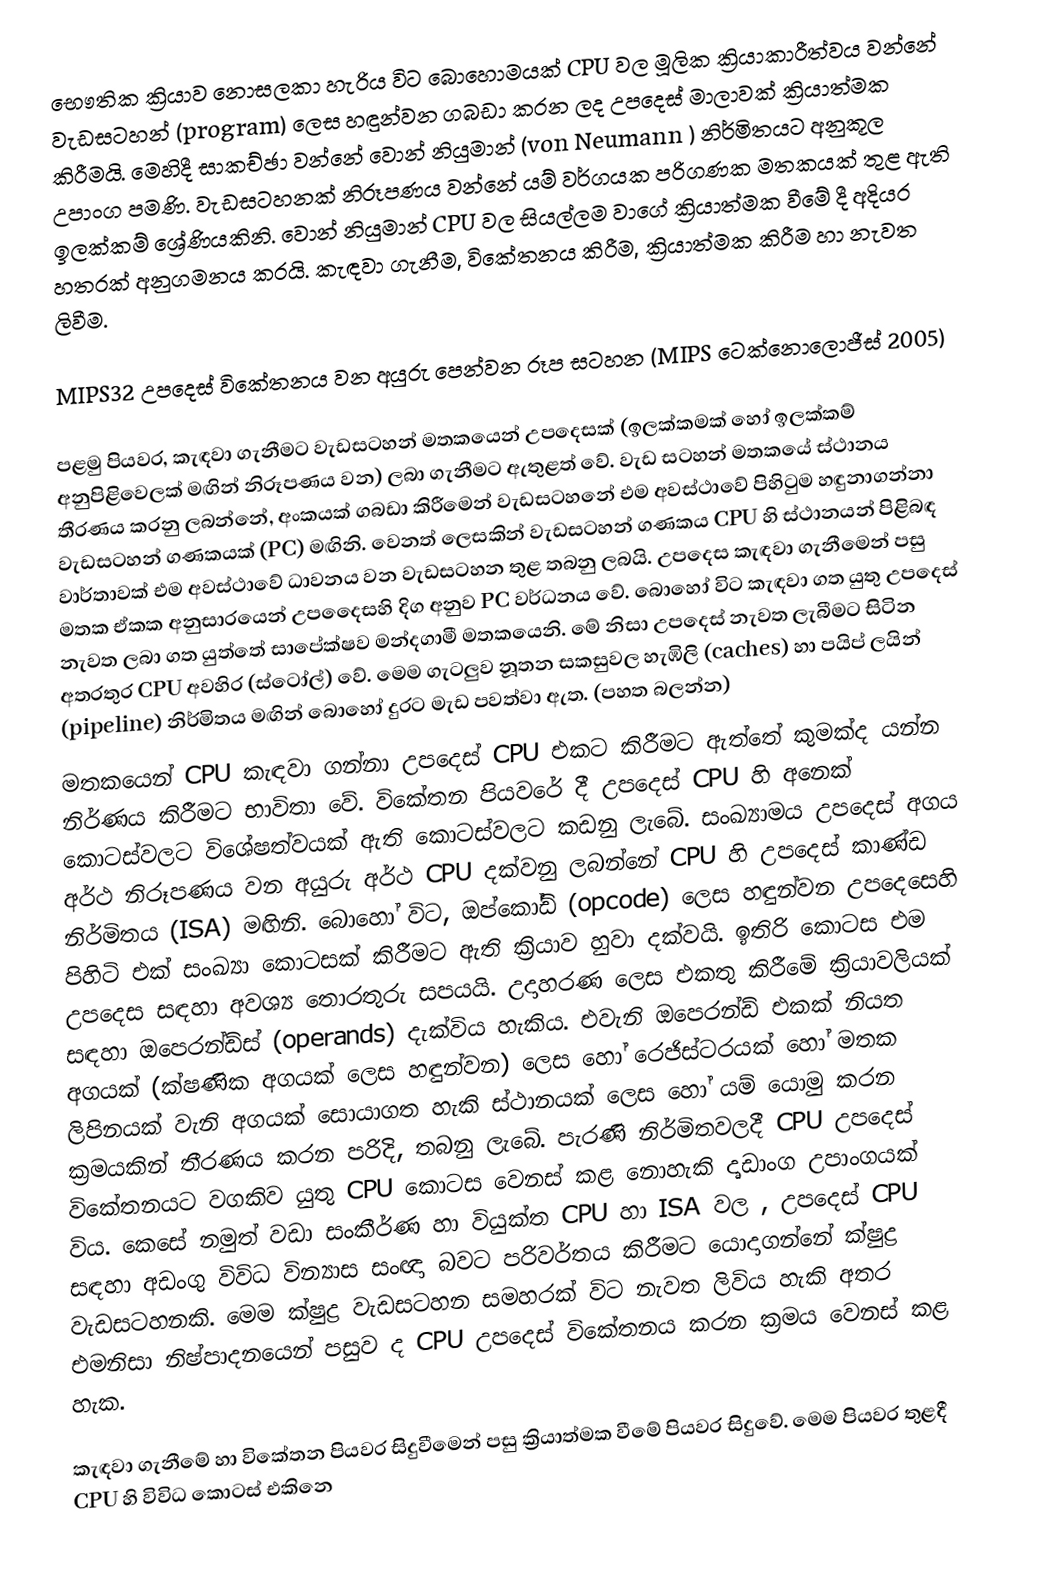
‍භෞතික ක්‍රියාව නොසලකා හැරිය විට බොහොමයක් CPU වල මූලික ක්‍රියාකාරීත්වය වන්නේ වැඩසටහන් (program) ලෙස හඳුන්වන ගබඩා කරන ලද උපදෙස් මාලාවක් ක්‍රියාත්මක කිරීමයි. මෙහිදී සාකච්ඡා වන්නේ වොන් නියුමාන් (von Neumann ) නිර්මිතයට අනුකූල උපාංග පමණි. වැඩසටහනක් නිරූපණය වන්නේ යම් වර්ගයක පරිගණක මතකයක් තුළ ඇති ඉලක්කම් ශ්‍රේණියකිනි. වොන් නියුමාන් CPU වල සියල්ලම වාගේ ක්‍රියාත්මක වීමේ දී අදියර හතරක් අනුගමනය කරයි. කැඳවා ගැනීම, විකේතනය කිරීම, ක්‍රියාත්මක කිරීම හා නැවත ලිවීම.

MIPS32 උපදෙස් විකේතනය වන අයුරු පෙන්වන රූප සටහන (MIPS ටෙක්නොලොජීස් 2005)

පළමු පියවර, කැඳවා ගැනීමට වැඩසටහන් මතකයෙන් උපදෙසක් (ඉලක්කමක් හෝ ඉලක්කම් අනුපිළිවෙලක් මඟින් නිරූපණය වන) ලබා ගැනීමට ඇතුළත් වේ. වැඩ සටහන් මතකයේ ස්ථානය තීරණය කරනු ලබන්නේ, අංකයක් ගබඩා කිරීමෙන් වැඩසටහනේ එම අවස්ථාවේ පිහිටුම හඳුනාගන්නා වැඩසටහන් ගණකයක් (PC) මඟිනි. වෙනත් ලෙසකින් වැඩසටහන් ගණකය CPU හි ස්ථානයන් පිළිබඳ වාර්තාවක් එම අවස්ථාවේ ධාවනය වන වැඩසටහන තුළ තබනු ලබයි. උපදෙස කැඳවා ගැනීමෙන් පසු මතක ඒකක අනුසාරයෙන් උපදෙ‍ෙසහි දිග අනුව PC වර්ධනය වේ. බොහෝ විට කැඳවා ගත යුතු උපදෙස් නැවත ලබා ගත යුත්තේ සාපේක්ෂව මන්දගාමී මතකයෙනි. මේ නිසා උපදෙස් නැවත ලැබීමට සිටින අතරතුර  CPU අවහිර (ස්ටෝල්) වේ. මෙම ගැටලුව නූතන සකසුවල හැඹිලි (caches) හා පයිප් ලයින් (pipeline) නිර්මිතය මඟින් බොහෝ දුරට මැඩ පවත්වා ඇත. (පහත බලන්න)
මත‍කයෙන් CPU කැඳවා ගන්නා උපදෙස් CPU එකට කිරීමට ඇත්තේ කුමක්ද යන්න නිර්ණය කිරීමට භාවිතා වේ. විකේතන පියවරේ දී උපදෙස් CPU හි අනෙක් කොටස්වලට විශේෂත්වයක් ඇති කොටස්වලට කඩනු ලැබේ. සංඛ්‍යාමය උපදෙස් අගය අර්ථ නිරූපණය වන අයුරු අර්ථ CPU දක්වනු ලබන්නේ CPU හි උපදෙ‍ස් කාණ්ඩ නිර්මිතය (ISA) මඟිනි. බොහෝ විට, ඔප්කෝඩ් (opcode) ලෙස  හඳුන්වන උපදෙසෙහි පිහිටි එක් ‍සංඛ්‍යා කොටසක් කිරීමට ඇති ක්‍රියාව හුවා දක්වයි. ඉතිරි කොටස එම උපදෙස සඳහා අවශ්‍ය ‍තොරතුරු සපයයි. උදාහරණ ලෙස එකතු කිරීමේ ක්‍රියාවලියක් සඳහා ඔපෙරන්ඩ්ස් (operands) දැක්විය හැකිය. එවැනි ඔපෙරන්ඩ් එකක් නියත අගයක් (ක්ෂණික අගයක් ලෙස හඳුන්වන) ලෙස හෝ රෙජිස්ටරයක් හෝ මතක ලිපිනයක් වැනි අගයක් සොයාගත හැකි ස්ථානයක් ලෙස හෝ යම් යොමු කරන ක්‍රමයකින් තීරණය කරන පරිදි, තබනු ලැබේ. පැරණි නිර්මිතවලදී CPU උපදෙස් විකේතනයට වගකිව යුතු CPU කොටස වෙනස් කළ නොහැකි දෘඩාංග උපාංගයක් විය. කෙසේ නමුත් වඩා සංකීර්ණ හා වියුක්ත CPU හා ISA වල , උපදෙස් CPU සඳහා අඩංගු විවිධ වින්‍යාස සංඥා බවට පරිවර්තය කිරීමට යොදාගන්නේ ක්ෂුද්‍ර වැඩසටහනකි. මෙම ක්ෂුද්‍ර වැඩසටහන සමහරක් විට නැවත ලිවිය හැකි අතර එමනිසා නිෂ්පාදනයෙන් පසුව ද CPU උපදෙස් විකේතනය කරන ක්‍රමය වෙනස් කළ හැක.

කැඳවා ගැනීමේ හා විකේතන පියවර සිදුවීමෙන් පසු ක්‍රියාත්මක වීමේ පියවර සිදුවේ. මෙම පියවර තුළදී CPU හි විවිධ කොටස් එකිනෙ